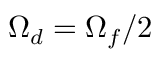
\Omega _ { d } = \Omega _ { f } / 2